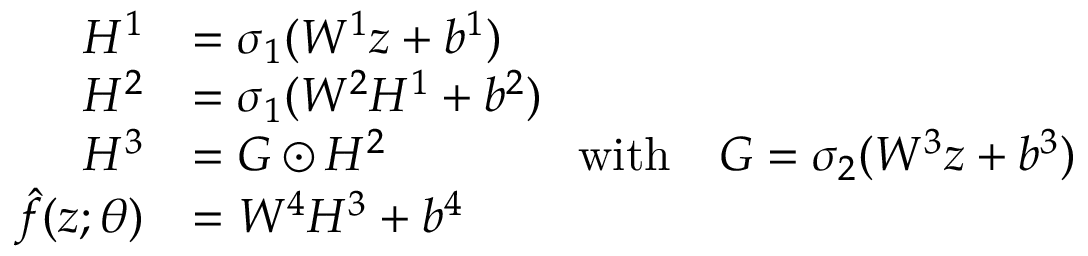
\begin{array} { r l } { H ^ { 1 } } & { = \sigma _ { 1 } ( W ^ { 1 } z + b ^ { 1 } ) } \\ { H ^ { 2 } } & { = \sigma _ { 1 } ( W ^ { 2 } H ^ { 1 } + b ^ { 2 } ) } \\ { H ^ { 3 } } & { = G \odot H ^ { 2 } \qquad \qquad \mathrm { w i t h } \quad G = \sigma _ { 2 } ( W ^ { 3 } z + b ^ { 3 } ) } \\ { \hat { f } ( z ; { \theta } ) } & { = W ^ { 4 } H ^ { 3 } + b ^ { 4 } } \end{array}